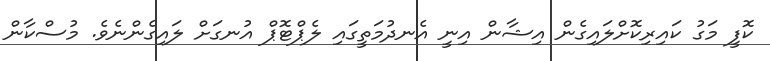
ކޮފީ މަގު ކައިރިކޮށްލައިގެން އިޝާން އިނީ އެނދުމަތީގައި ލެޕްޓޮޕް އުނގަށް ލައިގެންނެވެ. މުސްކާން